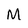
Character: M